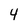
Character: 4